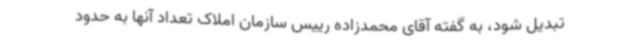
تبدیل شود، به گفته آقای محمدزاده رییس سازمان املاک تعداد آنها به حدود